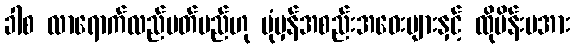
ခါစ လာရောက်လည်ပတ်မည်ဟု ပုံမှန်အစည်းအဝေးများနှင့် ထိုမိန်းမအား